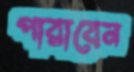
পারাবেন